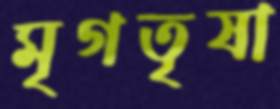
মৃগতৃষা